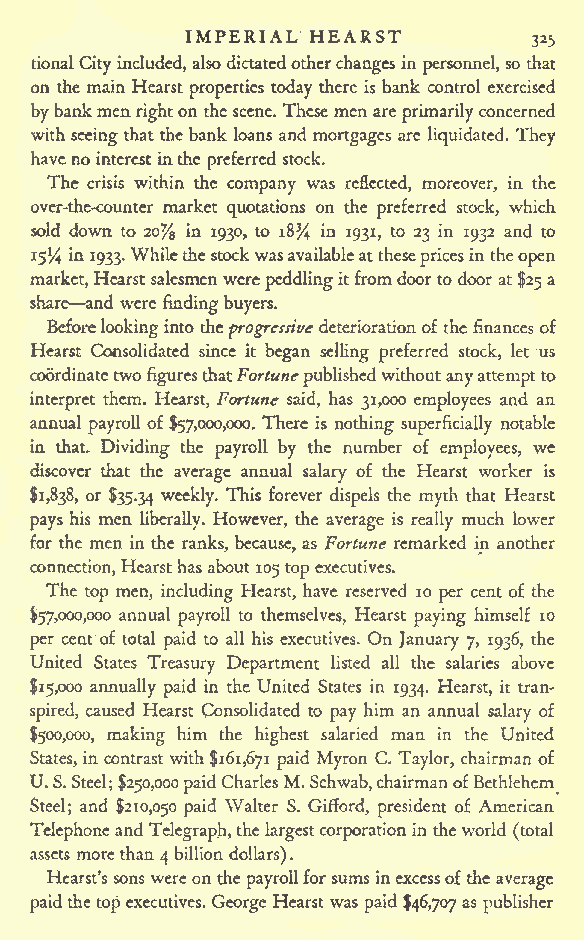
IMPERIAL HEARST
 325
 tionalCity included,alsodictatedotherchangesin personnel, so that
 on the main Hearst properties today there is bank control exercised
 bybankmen righton thescene. These men areprimarilyconcerned
 with seeing thatthe bank loans and mortgages are liquidated. They
 havenointerestinthe preferred stock.
 The crisis within the company was reflected, moreover, in the
 over-the-counter market quotations on the preferred stock, which
 sold down to 20% in 1930, to 18% in 1931, to 23 in 1932 and to
 15% in 1933.Whilethestockwasavailableatthesepricesin theopen
 market,Hearstsalesmenwere peddlingitfromdoorto door at$25a
 share and were findingbuyers.
 Beforelookinginto theprogressivedeteriorationofthe finances of
 Hearst Consolidated since it began selling preferred stock, let us
 coordinatetwo figuresthatFortune publishedwithoutanyattemptto
 interpret them. Hearst, Fortune said, has 31,000 employees and an
 annual payroll of$57,000,000. There is nothing superficially notable
 in that. Dividing the payroll by the number of employees, we
 discover that the average annual salary of the Hearst worker is
 $1,838, or $35.34 weekly. This forever dispels the myth that Hearst
 pays his men liberally. However, the average is really much lower
 for the men in the ranks, because, as Fortune remarked in another
 connection,Hearsthas about 105topexecutives.
 The top men, including Hearst, have reserved 10 per cent of the
 $57,000,000 annual payroll to themselves, Hearst paying himself 10
 per cent of total paid to all his executives. On January 7, 1936, the
 United States Treasury Department listed all the salaries above
 $15,000 annually paid in the United States in 1934. Hearst, it tran-
 spired, caused Hearst Consolidated to pay him an annual salary of
 $500,000, making him the highest salaried man in the United
 States, in contrast with $161,671 paid Myron C. Taylor, chairman of
 U.S.Steel;$250,000paidCharlesM.Schwab,chairmanofBethlehem
 Steel; and $210,050 paid Walter S. Gifford, president of American
 Telephoneand Telegraph,thelargestcorporationintheworld
 (total
 assets morethan 4 billion dollars).
 Hearst's sons wereon the payrollforsums inexcessofthe average
 paidthe topexecutives. George Hearst was paid $46,707 as publisher